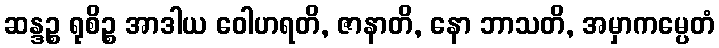
ဆန္ဒဉ္စ ရုစိဉ္စ အာဒါယ ဝေါဟရတိ, ဇာနာတိ, နော ဘာသတိ, အမှာကမ္ပေတံ